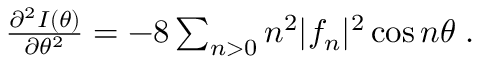
\begin{array} { r } { \frac { \partial ^ { 2 } I ( \theta ) } { \partial \theta ^ { 2 } } = - 8 \sum _ { n > 0 } n ^ { 2 } | f _ { n } | ^ { 2 } \cos n \theta \; . } \end{array}